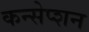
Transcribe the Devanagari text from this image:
कन्सेप्शन